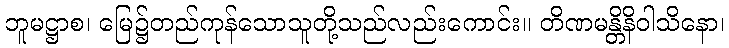
ဘူမဋ္ဌာစ၊ မြေ၌တည်ကုန်သောသူတို့သည်လည်းကောင်း။ တိဏမန္တိနိဝါသိနော၊